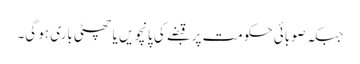
جبکہ صوبائی حکومت پر قبضے کی پانچویں یا چھٹی باری ہو گی۔